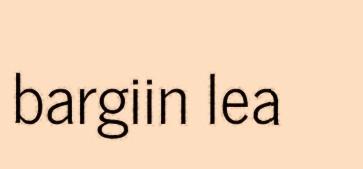
bargiin lea